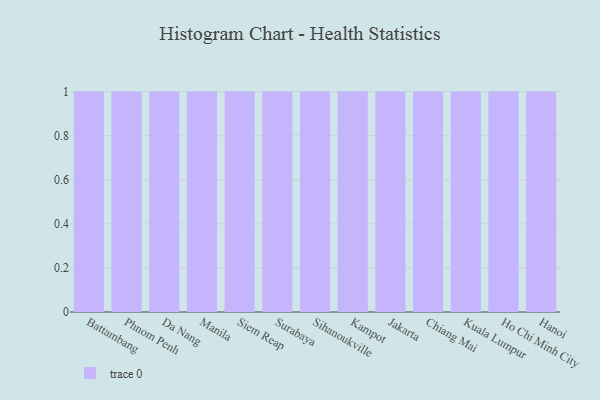
{"axis": {"x": "City", "y": "Demand Index"}, "legend": [""], "data": [{"x": "Battambang", "y": 41, "type": ""}, {"x": "Phnom Penh", "y": 100, "type": ""}, {"x": "Da Nang", "y": 69, "type": ""}, {"x": "Manila", "y": 35, "type": ""}, {"x": "Siem Reap", "y": 16, "type": ""}, {"x": "Surabaya", "y": 94, "type": ""}, {"x": "Sihanoukville", "y": 95, "type": ""}, {"x": "Kampot", "y": 81, "type": ""}, {"x": "Jakarta", "y": 87, "type": ""}, {"x": "Chiang Mai", "y": 13, "type": ""}, {"x": "Kuala Lumpur", "y": 58, "type": ""}, {"x": "Ho Chi Minh City", "y": 4, "type": ""}, {"x": "Hanoi", "y": 48, "type": ""}]}